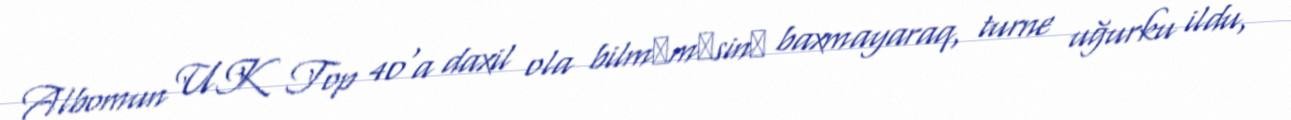
Albomun UK Top 40'a daxil ola bilmәmәsinә baxmayaraq, turne uğurku ildu,